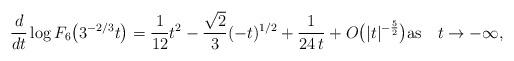
LaTeX: \begin{gather*}\frac{d}{dt}\log F_{6}\big(3^{-2/3}t\big)=\frac{1}{12}t^2-\frac{\sqrt{2}}{3}(-t)^{1/2}+\frac{1}{24\,t}+O\big(|t|^{-\frac{5}{2}}\big)\mbox{as \ \ $t\to-\infty$},\end{gather*}